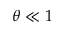
\theta \ll 1